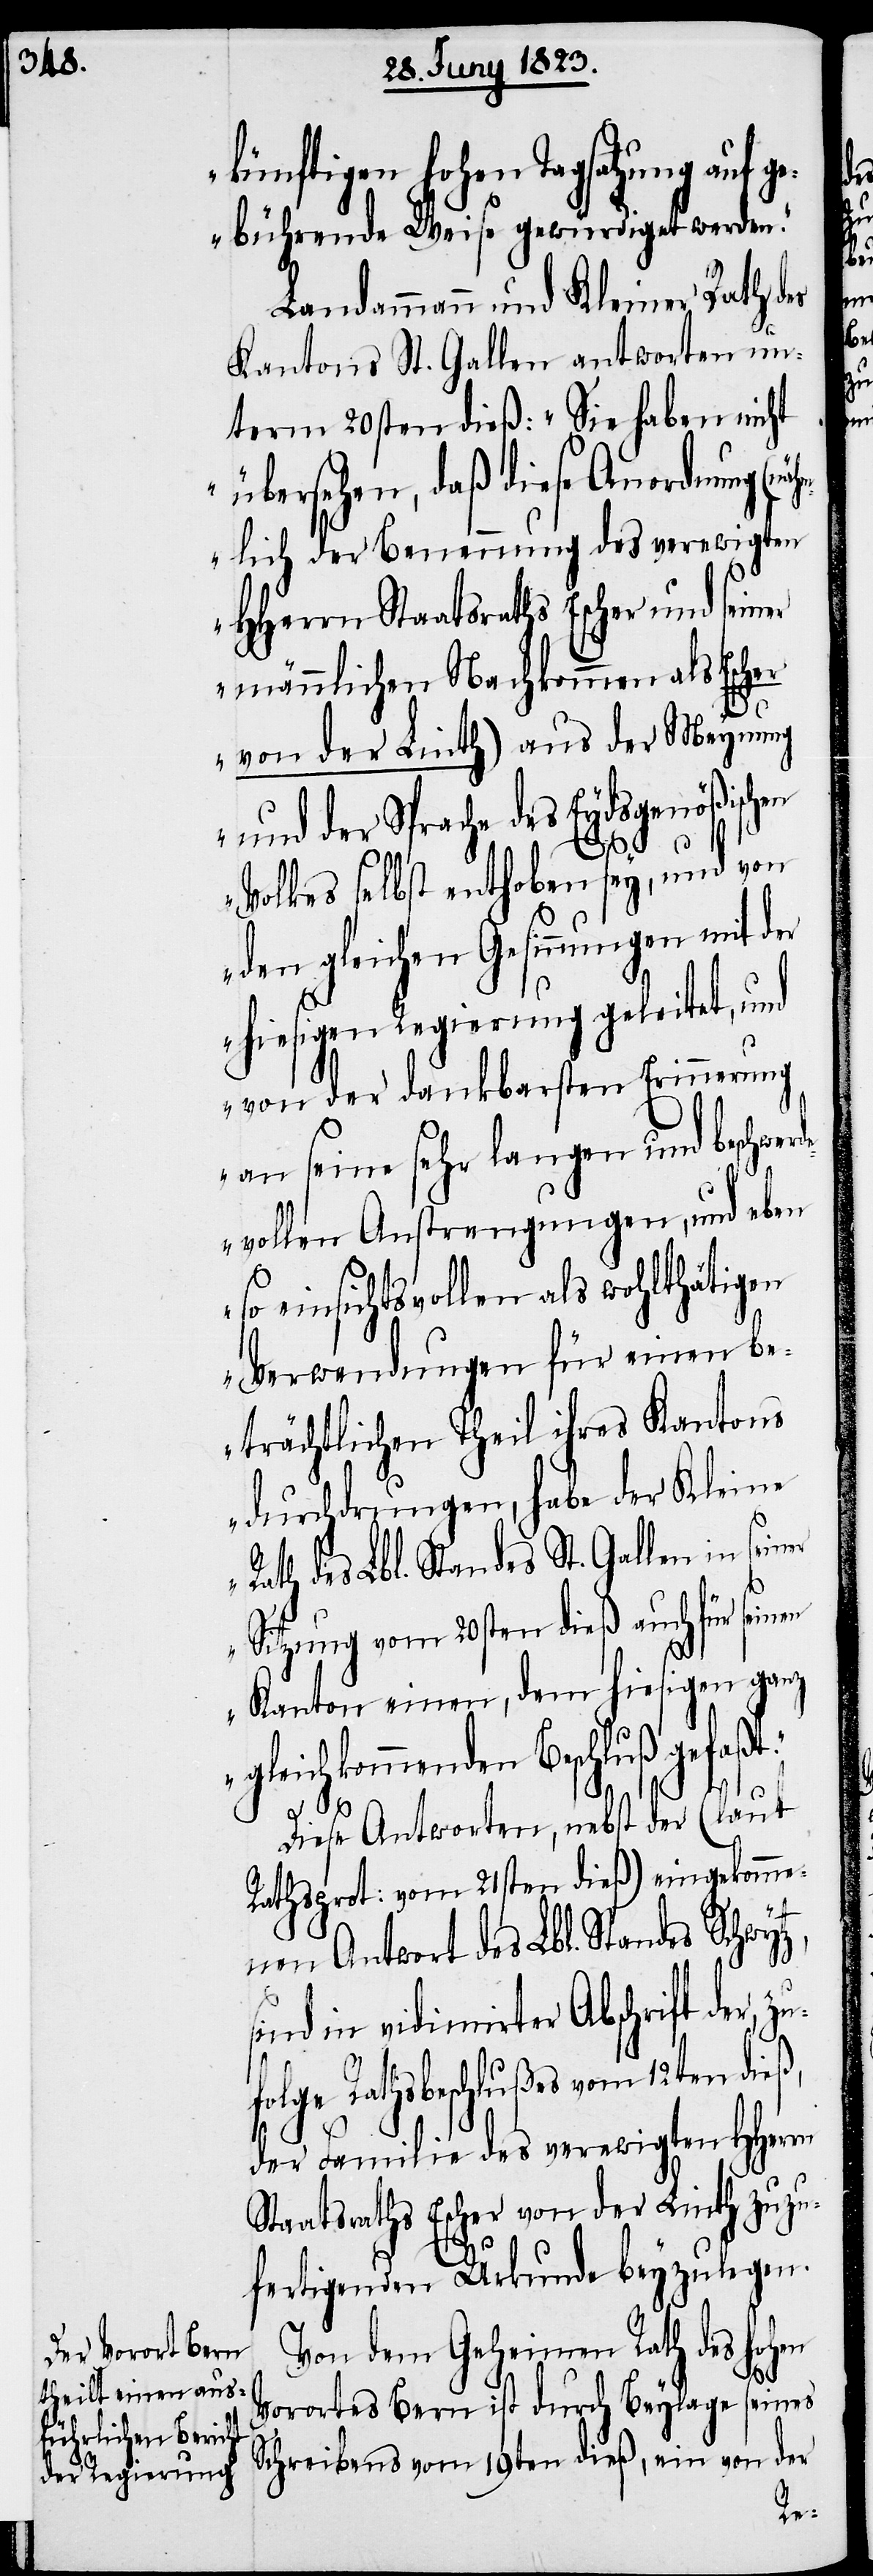
künftigen hohen Tagsatzung auf
gebührende Weise gewürdiget werden.“
Landammann und Kleiner Rath des
Kantons St. Gallen antworten un¬
term 20sten dieß: „Sie haben nicht
übersehen, daß diese Anordnung (n¬
ähmlich der Benennung des verewigten
HHerrn Staatsraths Escher und seiner
männlichen Nachkommen als Escher
von der Linth) aus der Meynung
und der Sprache des Eydsgenößischen
Volkes selbst enthoben sey, und von
den gleichen Gesinnungen mit d¬
hiesigen Regierung geleitet, und
von der dankbarsten Erinnerung
an seine sehr langen und beschwer¬
vollen Anstrengungen, und eben
so einsichtsvollen als wohlthätigen
Verwendungen für einen be¬
trächtlichen Theil ihres Kantons
durchdrungen, habe der Kleine
Rath des Lbl. Standes St. Gallen in sein¬
Sitzung vom 20sten dieß auch für seinen
Kanton einen, dem hiesigen ganz
gleichkommenden Beschluß gefaßt.“
Diese Antworten, nebst der (laut
Rathsprot: vom 21sten dieß) eingekomme¬
nen Antwort des Lbl. Standes Schwyt¬
z,
sind in vidimirter Abschrift der, zu¬
folge Rathsbeschlußes vom 12ten dieß,
Familie des verewigten HHerrn
Staatsraths Escher von der Linth zuzu¬
fertigenden Urkunde beyzulegen.
Von dem Geheimen Rath des hohen
Vorortes Bern ist durch Beylage seines
Schreibens vom 19ten dieß, ein von der
er